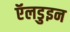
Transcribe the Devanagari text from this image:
ऍलडुइन